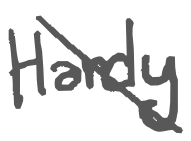
Text: Hardy
Cross-out: diagonal
Writing tool: digital_gray